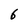
Character: 6